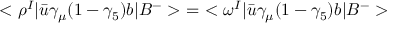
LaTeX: < \rho ^ { I } | \bar { u } \gamma _ { \mu } ( 1 - \gamma _ { 5 } ) b | B ^ { - } > \ = \ < \omega ^ { I } | \bar { u } \gamma _ { \mu } ( 1 - \gamma _ { 5 } ) b | B ^ { - } >